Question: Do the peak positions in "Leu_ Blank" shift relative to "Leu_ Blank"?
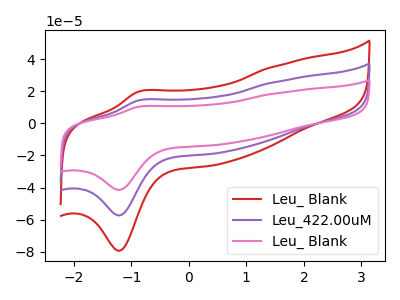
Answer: <think>The red curve "Leu_ Blank" has an anodic peak at (-0.90V, 19.65uA) and a cathodic peak at (-1.20V, -79.40uA). The purple curve "Leu_422.00uM" has an anodic peak at (-0.90V, 14.20uA) and a cathodic peak at (-1.20V, -57.40uA). The pink curve "Leu_ Blank" has an anodic peak at (-0.90V, 28.40uA) and a cathodic peak at (-1.20V, -114.75uA).
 All the peaks in "Leu_ Blank" have a peak in "Leu_ Blank" at the same potential. Every peak in "Leu_ Blank" is lower than every peak in "Leu_ Blank".</think>
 <answer>No, "Leu_ Blank" and "Leu_ Blank" don't appear to be significantly different in shape</answer>
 <eval>no_change</eval>